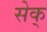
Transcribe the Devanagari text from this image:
सेक्